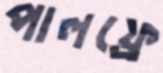
পালফ্রে